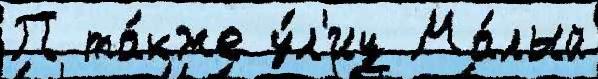
П та́кже у́л'иц Ма́лый